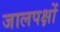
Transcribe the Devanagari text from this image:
जालपक्षों